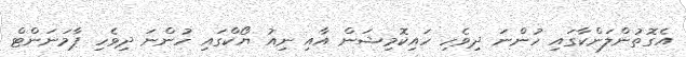
އެގޮތުންލަންކާގައި ހުންނަ ދިވެހި ހައިކޮމިޝަން އާއި ނިއު ޔޯކްގައި ހުންނަ ދިވެހި ޕާމަނަންޓް